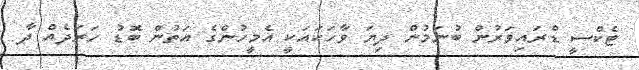
ޓެކްސީ ޑްރައިވަރުން ބުނަމުން ދިޔަ ވާހަކައަކީ އެމީހުންގެ އަތުން ބޮޑު ހަރަދެއް ދާ